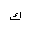
Letter: _kaf